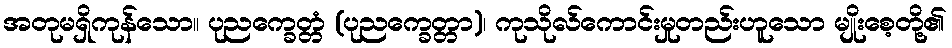
အတုမရှိကုန်သော။ ပုညက္ခေတ္တံ (ပုညက္ခေတ္တာ)၊ ကုသိုလ်ကောင်းမှုတည်းဟူသော မျိုးစေ့တို့၏